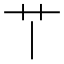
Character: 𦫳